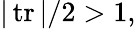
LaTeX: |\operatorname{tr}|/2>1,